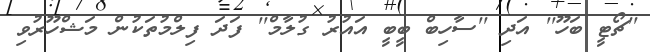
''ޗޯޓީ ބަހޫ'' އަދި ''ސާހިބް ބީބީ އައުރު ގުލާމް'' ފަދަ ފިލްމުތަކުން މަޝްހޫރުވި